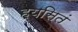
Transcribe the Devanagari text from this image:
ह्यसितं